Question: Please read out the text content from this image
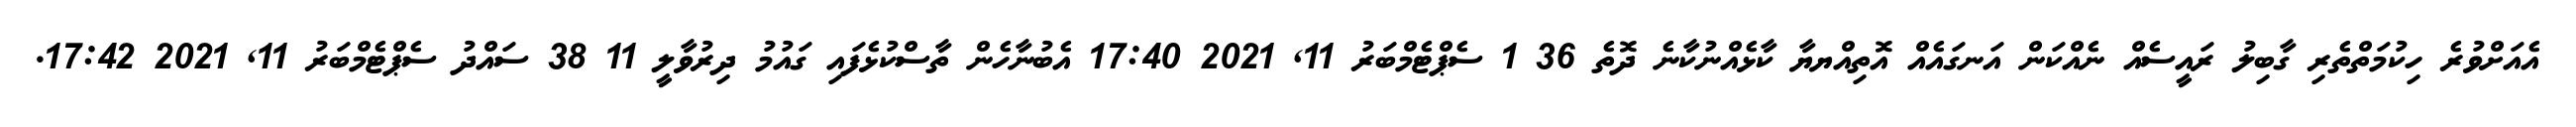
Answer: އެއަށްވުރެ ހިކުމަތްތެރި ގާބިލު ރައީސެއް ނެއްކަން އަނގައެއް އޮތިއްޔޔާ ކާޅެއްނުކާނެ ދޮތެ 36 1 ސެޕްޓެމްބަރު 11, 2021 17:40 އެބުނާހެން ތާސްކުޅެފައި ގައުމު ދިރުވާލީ 11 38 ސައްދު ސެޕްޓެމްބަރު 11, 2021 17:42.